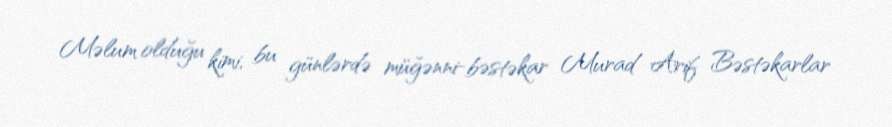
Məlum olduğu kimi, bu günlərdə müğənni-bəstəkar Murad Arif Bəstəkarlar